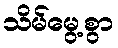
သိမ်မွေ့စွာ